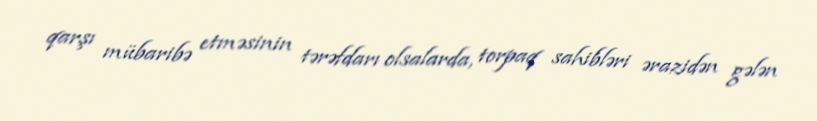
qarşı mübaribə etməsinin tərəfdarı olsalarda, torpaq sahibləri ərazidən gələn